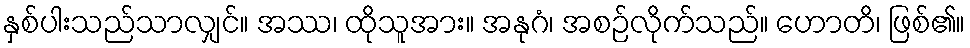
နှစ်ပါးသည်သာလျှင်။ အဿ၊ ထိုသူအား။ အနုဂံ၊ အစဉ်လိုက်သည်။ ဟောတိ၊ ဖြစ်၏။